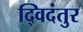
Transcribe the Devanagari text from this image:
द्विदंतुर